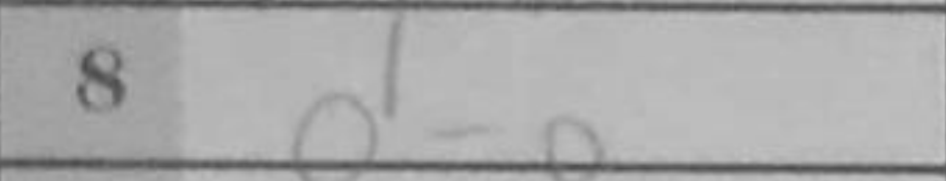
Transcription: O-O